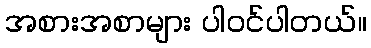
အစားအစာများ ပါဝင်ပါတယ်။